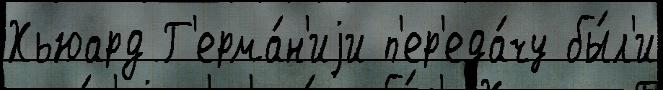
Хьюард Г'ерма́н'иjи п'ер'еда́чу бы́л'и